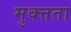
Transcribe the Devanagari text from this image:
मुक्त्तता